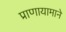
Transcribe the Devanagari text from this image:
प्राणायामाने